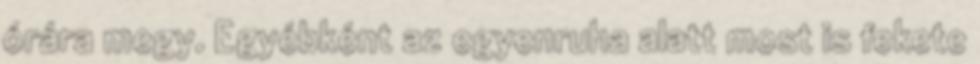
órára megy. Egyébként az egyenruha alatt most is fekete